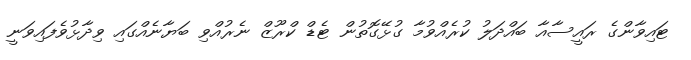
ޓައިވާންގެ ރައީސާއާ ބައްދަލު ކުރެއްވުމާ ގުޅޭގޮތުން ޓެޑް ކްރޫޒް ނެރުއްވި ބަޔާނެއްގައި ވިދާޅުވެފައިވަނީ